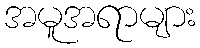
အမူအရာများ